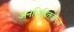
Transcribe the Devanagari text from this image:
अनभिहितवाच्य